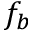
f _ { b }